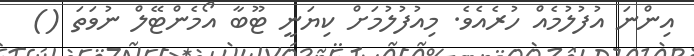
އިންނަ އުފުލުމެއް ހުރެއެވެ. މިއުފުލުމަށް ކިޔަނީ ޓޫބާ އޯމެންޓޭލް ނުވަތަ ()